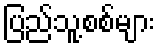
ပြည်သူ့စစ်များ